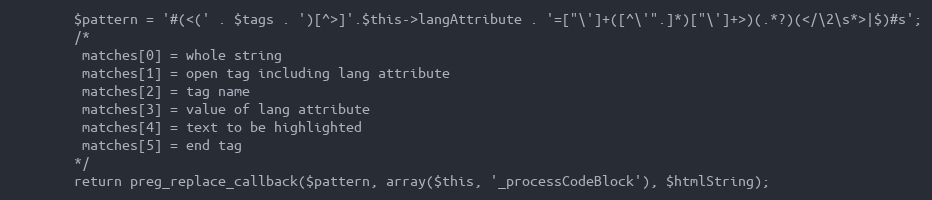
Language: PHP
        $pattern = '#(<(' . $tags . ')[^>]'.$this->langAttribute . '=["\']+([^\'".]*)["\']+>)(.*?)(</\2\s*>|$)#s';
        /*
         matches[0] = whole string
         matches[1] = open tag including lang attribute
         matches[2] = tag name
         matches[3] = value of lang attribute
         matches[4] = text to be highlighted
         matches[5] = end tag
        */
        return preg_replace_callback($pattern, array($this, '_processCodeBlock'), $htmlString);